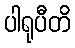
ပါရုပီတိ